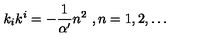
k _ { i } k ^ { i } = - \frac { 1 } { \alpha ^ { \prime } } n ^ { 2 } \ , n = 1 , 2 , \dots